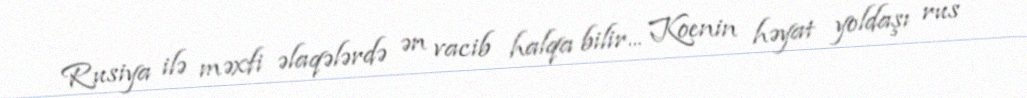
Rusiya ilə məxfi əlaqələrdə ən vacib halqa bilir... Koenin həyat yoldaşı rus